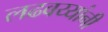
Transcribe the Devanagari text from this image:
लढवय्यांनी